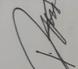
Signature authenticity: genuine